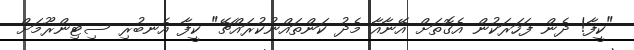
"ކީފާ! ދެން ފަހަރަކުން އެގޮތަށް އޭނާއާ މެދު ކަންތައްނުކުރައްޗޭ" ކީފާ އެނބުރި ސިޓިންރޫމަށް